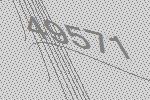
49571